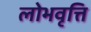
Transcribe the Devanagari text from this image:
लोभवृत्ति